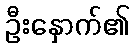
ဦးနှောက်၏